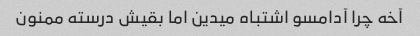
آخه چرا آدامسو اشتباه میدین اما بقیش درسته ممنون